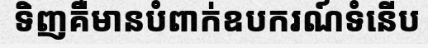
ទិញគឺមានបំពាក់ឧបករណ៍ទំនើប